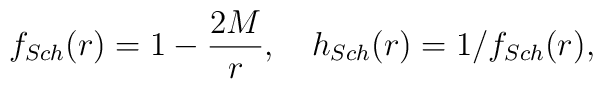
f_{Sch}(r)=1-\frac{2M}{r}, \ \ \ h_{Sch}(r)=1/f_{Sch}(r),